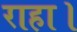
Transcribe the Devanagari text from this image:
राहा।